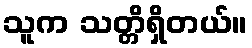
သူက သတ္တိရှိတယ်။